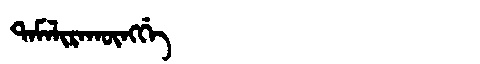
Manchu: ᡨᠠᠮᠠᠯᡳᡵᠠᡴᡡᠩᡤᡝ
Romanization: TAMALIRAKŪNGGE